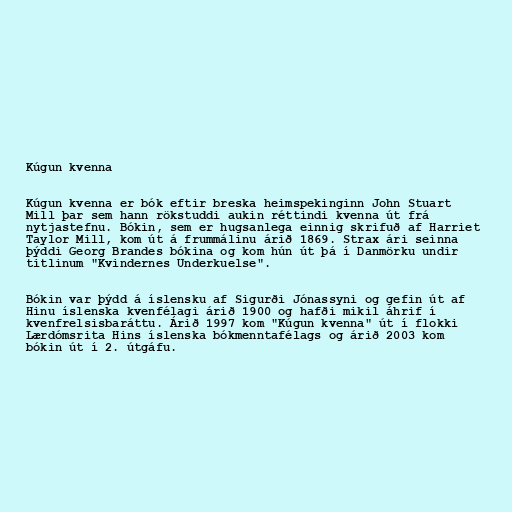
Kúgun kvenna

Kúgun kvenna er bók eftir breska heimspekinginn John Stuart
Mill þar sem hann rökstuddi aukin réttindi kvenna út frá
nytjastefnu. Bókin, sem er hugsanlega einnig skrifuð af Harriet
Taylor Mill, kom út á frummálinu árið 1869. Strax ári seinna
þýddi Georg Brandes bókina og kom hún út þá í Danmörku undir
titlinum "Kvindernes Underkuelse".

Bókin var þýdd á íslensku af Sigurði Jónassyni og gefin út af
Hinu íslenska kvenfélagi árið 1900 og hafði mikil áhrif í
kvenfrelsisbaráttu. Árið 1997 kom "Kúgun kvenna" út í flokki
Lærdómsrita Hins íslenska bókmenntafélags og árið 2003 kom
bókin út í 2. útgáfu.